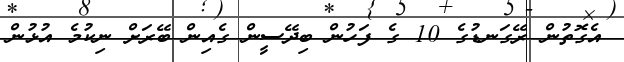
އެގޮތުން ރޭގަނޑުގެ 10 ގެ ފަހުން ބިދޭސީން ގެއިން ބޭރަށް ނިކުމެ އުޅުން